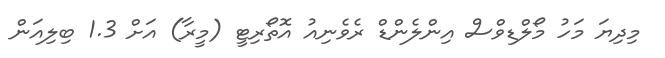
މިދިޔަ މަހު މޯލްޑިވްސް އިންލެންޑް ރެވެނިއު އޮތޯރިޓީ (މީރާ) އަށް 1.3 ބިލިއަން